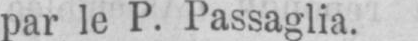
par le P. Passaglia.